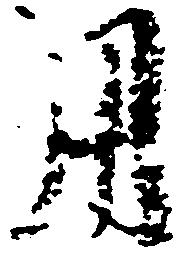
用